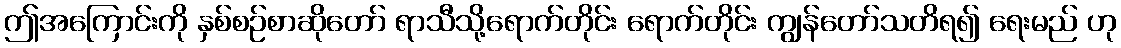
ဤအကြောင်းကို နှစ်စဉ်စာဆိုတော် ရာသီသို့ရောက်တိုင်း ရောက်တိုင်း ကျွန်တော်သတိရ၍ ရေးမည် ဟု